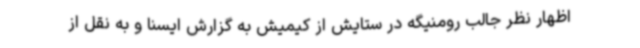
اظهار نظر جالب رومنیگه در ستایش از کیمیش به گزارش ایسنا و به نقل از